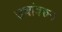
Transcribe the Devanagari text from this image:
उचांवरुन